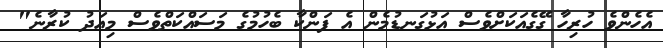
އެހެންވެ ހުރިހާ ގޭގެއަކަށްވެސް އަޅުގަނޑުމެން އެ ފަންކާ ބެހުމުގެ މަސައްކަތްވެސް މިއަދު ކުރާނެ"